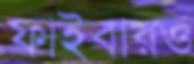
ফাইবারও